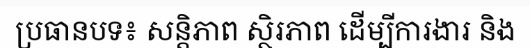
ប្រធានបទ៖ សន្តិភាព ស្ថិរភាព ដើម្បីការងារ និង